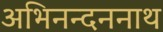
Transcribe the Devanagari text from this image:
अभिनन्दननाथ